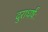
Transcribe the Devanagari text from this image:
दुराधर्षः